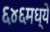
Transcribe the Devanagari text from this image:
६४६मध्ये